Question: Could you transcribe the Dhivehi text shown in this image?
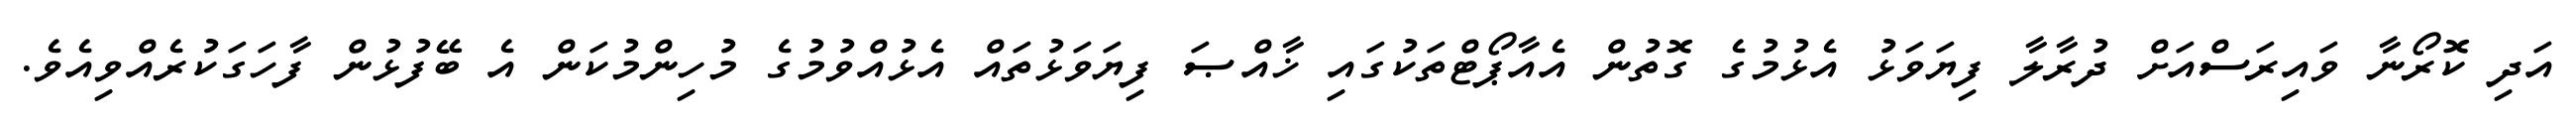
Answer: އަދި ކޮރޯނާ ވައިރަސްއަށް ދުރާލާ ފިޔަވަޅު އެޅުމުގެ ގޮތުން އެއާޕޯޓްތަކުގައި ޚާއްޞަ ފިޔަވަޅުތައް އެޅުއްވުމުގެ މުހިންމުކަން އެ ބޭފުޅުން ފާހަގަކުރެއްވިއެވެ.